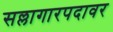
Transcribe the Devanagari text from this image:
सल्लागारपदावर